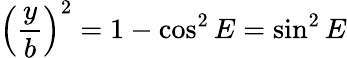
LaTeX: \left({\frac{y}{b}}\right)^{2}=1-\cos^{2}E=\sin^{2}E